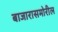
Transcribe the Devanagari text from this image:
बाजारासमोरील